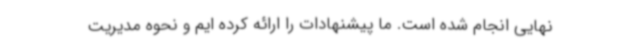
نهایی انجام شده است. ما پیشنهادات را ارائه کرده ایم و نحوه مدیریت